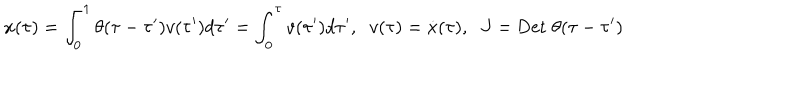
x ( \tau ) = \int _ { 0 } ^ { 1 } \theta ( \tau - \tau ^ { \prime } ) v ( \tau ^ { \prime } ) d \tau ^ { \prime } = \int _ { 0 } ^ { \tau } v ( \tau ^ { \prime } ) d \tau ^ { \prime } , \; \; v ( \tau ) = { \dot { x } } ( \tau ) , \; \; J = \mathrm { D e t } \; \theta ( \tau - \tau ^ { \prime } )